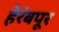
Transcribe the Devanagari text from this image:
हेरंबपूर